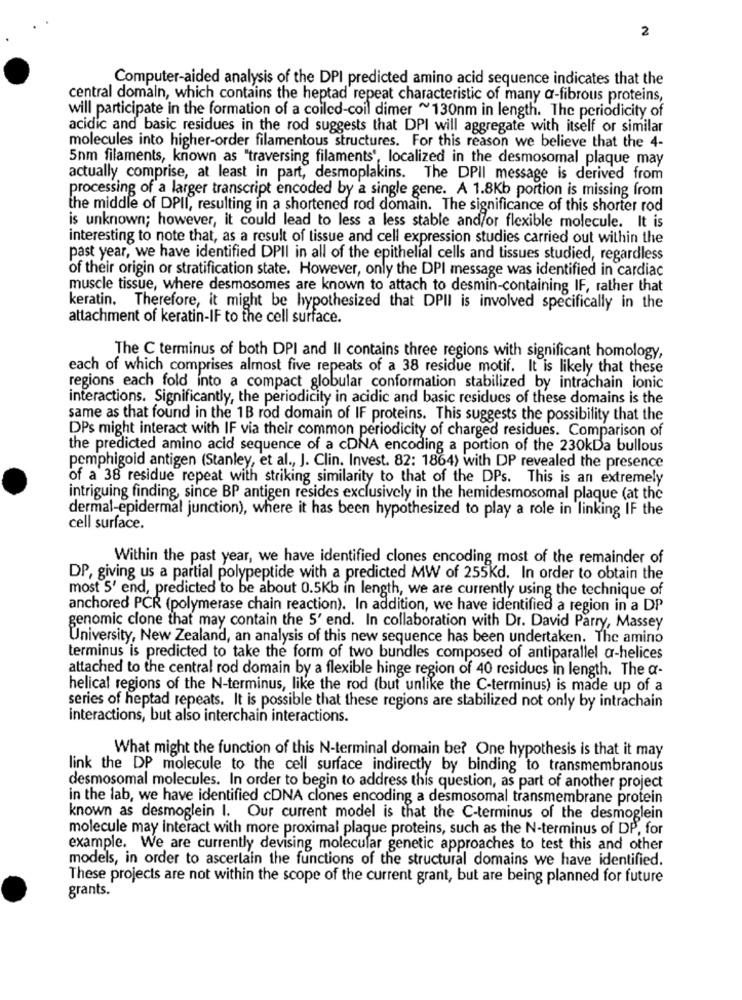
2
Computer-aided analysis of the DPI predicted amino acid sequence indicates that the
central domain, which contains the heptad' repeat characteristic of many a-fibrous proteins,
will participate in the formation of a coiled-coil dimer ~130nm in length. The periodicity of
acidic and basic residues in the rod suggests that DPI will aggregate with itself or similar
molecules into higher-order filamentous structures. For this reason we believe that the 4-
5nm filaments, known as "traversing filaments', localized in the desmosomal plaque may
actually comprise, at least in part, desmoplakins. The DPII message is derived from
processing of a larger transcript encoded by a single gene. A 1.8Kb portion is missing from
the middle of DPII, resulting in a shortened rod domain. The significance of this shorter rod
is unknown; however, it could lead to less a less stable and/or flexible molecule. It is
interesting to note that, as a result of tissue and cell expression studies carried out within the
past year, we have identified DPII in all of the epithelial cells and tissues studied, regardless
of their origin or stratification state. However, only the DPI message was identified in cardiac
muscle tissue, where desmosomes are known to attach to desmin-containing IF, rather that
keratin. Therefore, it might be hypothesized that DPII is involved specifically in the
attachment of keratin-IF to the cell surface.
The C terminus of both DPI and Il contains three regions with significant homology,
each of which comprises almost five repeats of a 38 residue motif. It is likely that these
regions each fold into a compact globular conformation stabilized by intrachain ionic
interactions. Significantly, the periodicity in acidic and basic residues of these domains is the
same as that found in the 1B rod domain of IF proteins. This suggests the possibility that the
DPs might interact with IF via their common periodicity of charged residues. Comparison of
the predicted amino acid sequence of a cDNA encoding a portion of the 230kDa bullous
pemphigoid antigen (Stanley, et al ., J. Clin. Invest. 82: 1864) with DP revealed the presence
of a 38 residue repeat with striking similarity to that of the DPs. This is an extremely
intriguing finding, since BP antigen resides exclusively in the hemidesmosomal plaque (at the
dermal-epidermal junction), where it has been hypothesized to play a role in linking IF the
cell surface.
Within the past year, we have identified clones encoding most of the remainder of
DP, giving us a partial polypeptide with a predicted MW of 255Kd. In order to obtain the
most 5' end, predicted to be about 0.5Kb in length, we are currently using the technique of
anchored PCR (polymerase chain reaction). In addition, we have identified a region in a DP
genomic clone that may contain the 5' end. In collaboration with Dr. David Parry, Massey
University, New Zealand, an analysis of this new sequence has been undertaken. The amino
terminus is predicted to take the form of two bundles composed of antiparallel a-helices
attached to the central rod domain by a flexible hinge region of 40 residues in length. The a-
helical regions of the N-terminus, like the rod (but unlike the C-terminus) is made up of a
series of heptad repeats. It is possible that these regions are stabilized not only by intrachain
interactions, but also interchain interactions.
What might the function of this N-terminal domain be? One hypothesis is that it may
link the DP molecule to the cell surface indirectly by binding to transmembranous
desmosomal molecules. In order to begin to address this question, as part of another project
in the lab, we have identified cDNA clones encoding a desmosomal transmembrane protein
known as desmoglein I. Our current model is that the C-terminus of the desmoglein
molecule may interact with more proximal plaque proteins, such as the N-terminus of DP, for
example. We are currently devising molecular genetic approaches to test this and other
models, in order to ascertain the functions of the structural domains we have identified.
These projects are not within the scope of the current grant, but are being planned for future
grants.